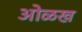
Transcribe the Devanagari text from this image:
आेळख